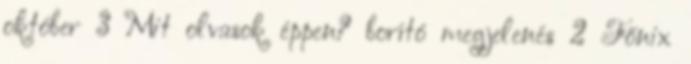
október 3 Mit olvasok éppen? borító megjelenés 2 Főnix